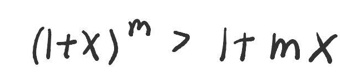
$(1 + x)^m > 1 + mx$